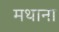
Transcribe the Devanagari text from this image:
मथाना